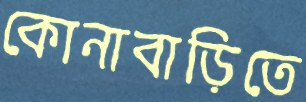
কোনাবাড়িতে